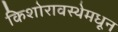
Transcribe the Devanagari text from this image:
किशोरावस्थेमधून